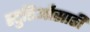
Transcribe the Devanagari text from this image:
स्टुडिओंसाठी